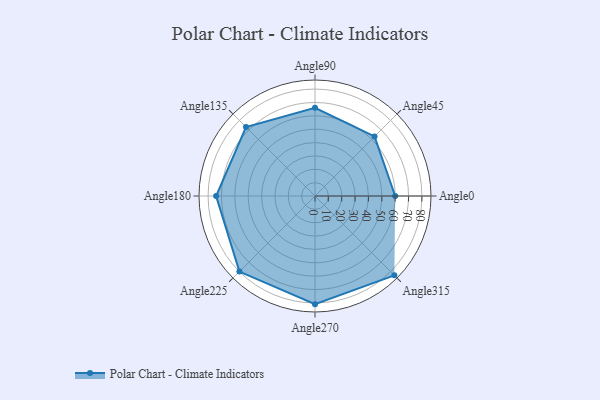
{"axis": {"x": "Angle", "y": "Radius"}, "legend": [""], "data": [{"x": "Angle0", "y": 60.0, "type": ""}, {"x": "Angle45", "y": 63.0, "type": ""}, {"x": "Angle90", "y": 66.0, "type": ""}, {"x": "Angle135", "y": 73.0, "type": ""}, {"x": "Angle180", "y": 74.0, "type": ""}, {"x": "Angle225", "y": 80.0, "type": ""}, {"x": "Angle270", "y": 81.0, "type": ""}, {"x": "Angle315", "y": 84.0, "type": ""}]}